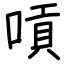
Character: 嗊